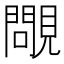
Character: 𧢈